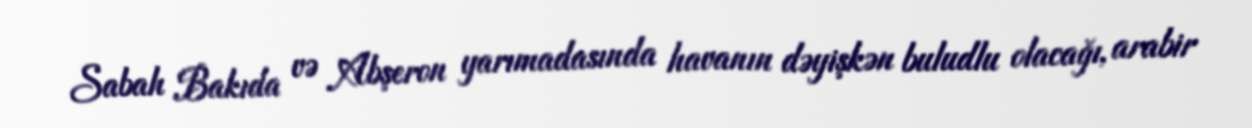
Sabah Bakıda və Abşeron yarımadasında havanın dəyişkən buludlu olacağı, arabir